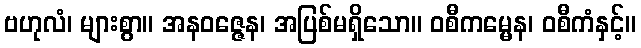
ဗဟုလံ၊ များစွာ။ အနဝဇ္ဇေန၊ အပြစ်မရှိသော။ ဝစီကမ္မေန၊ ဝစီကံနှင့်။